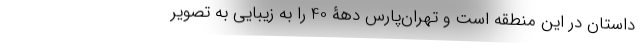
داستان در این منطقه است و تهران‌پارس دهۀ 40 را به زیبایی به تصویر